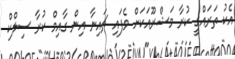
އެކު ތަރައްގީ ކުރާ މަޝްރޫއަކަށް ވެފައި ޗައިނާ އިން ގާއިމް ކުރާ ސިލްކް